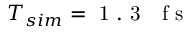
T _ { s i m } = \mathrm { ~ 1 ~ . ~ 3 ~ ~ ~ f ~ s ~ }